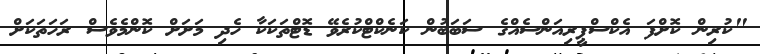
"ކުރިން ކޮށްފަ އެކްސްޕީރިއަންސެއްގެ ސަބަބުން ކަނެކްޓްކުރެވޭ ޑޮޓްތަކަކާ ހެދި މަށަށް ކޮންމެވެސް ރަހަތަކަށް